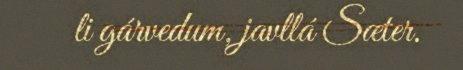
li gárvedum, javllá Sæter.